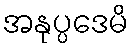
အနုပ္ပဒေမိ